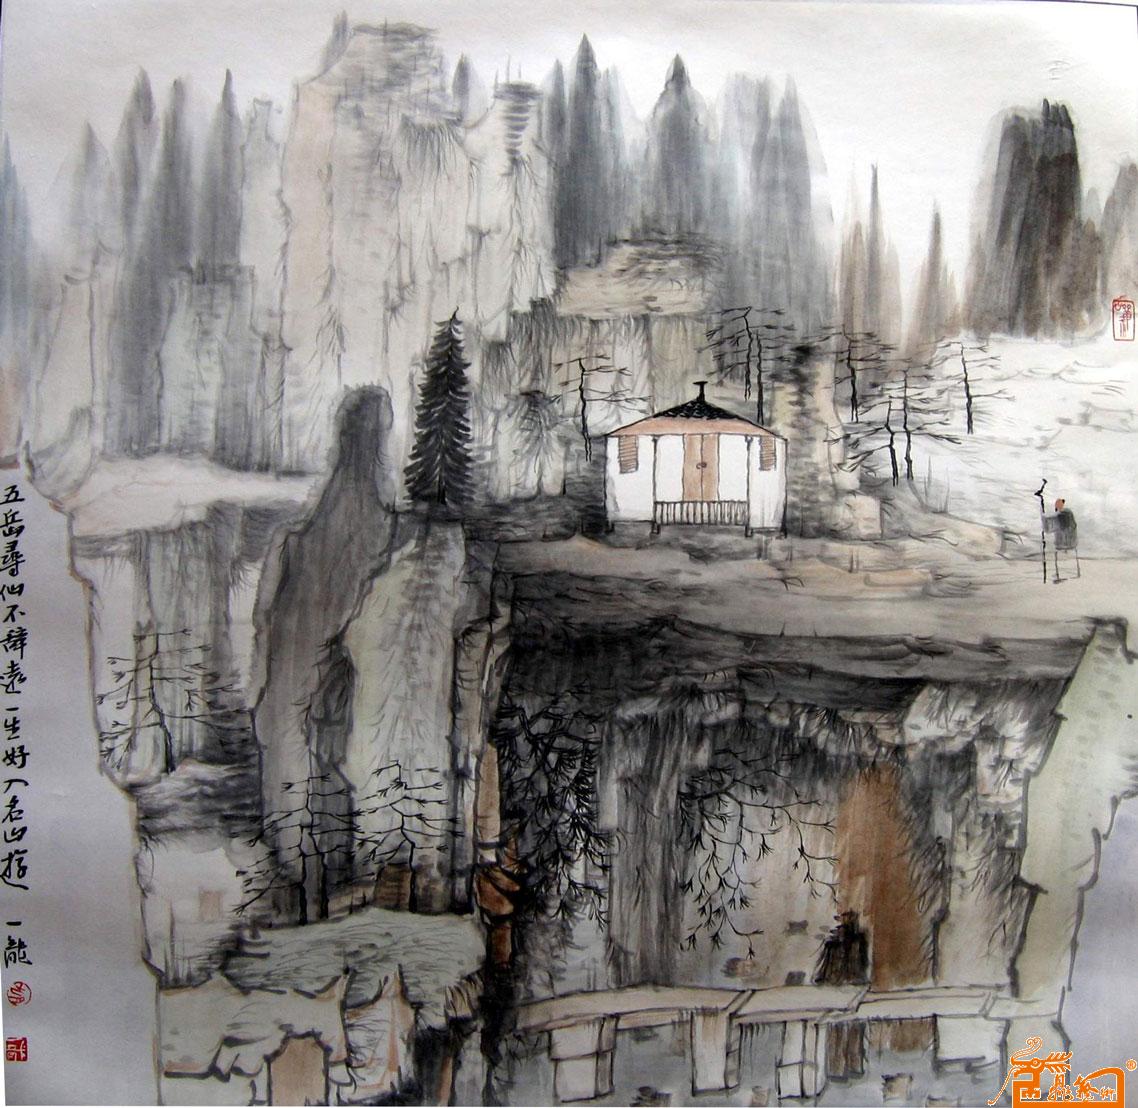
五岳寻仙不辞远，一生好入名山游。